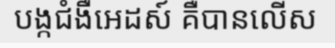
បង្កជំងឺអេដស៍ គឺបានលើស